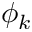
\phi _ { k }